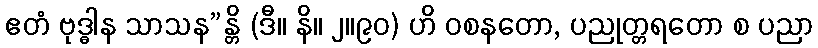
ဧတံ ဗုဒ္ဓါန သာသန”န္တိ (ဒီ။ နိ။ ၂။၉၀) ဟိ ဝစနတော, ပညုတ္တရတော စ ပညာ